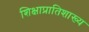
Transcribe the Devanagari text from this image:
शिक्षाप्रातिशाख्य